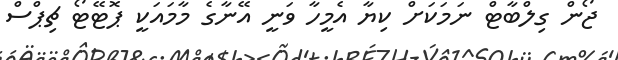
ޖޯން ގިލްބާޓް ނަމަކަށް ކިޔާ އެމީހާ ވަނީ އޭނާގެ މާމައަކީ ޕޮޓޭޓޯ ޗިޕްސް